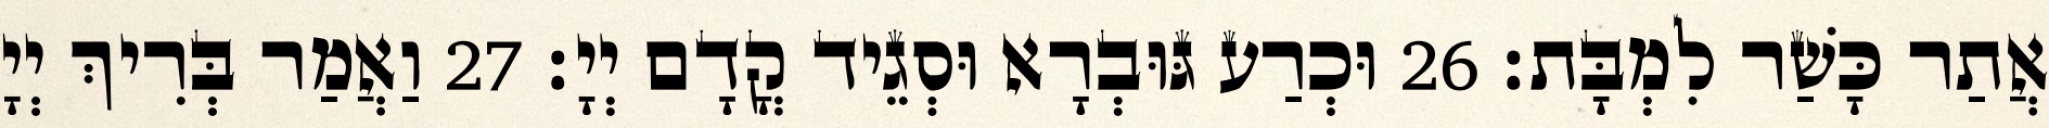
אֲתַר כָּשַׁר לִמְבָּת׃ 26 וּכְרַע גּוּבְרָא וּסְגֵיד קֳדָם יְיָ׃ 27 וַאֲמַר בְּרִיךְ יְיָ